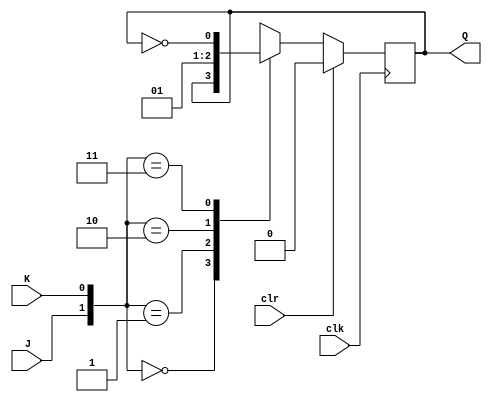
module JKFF_SyncClear (output reg Q, input J, input K, input clr, input clk);

    initial begin
        Q = 0;
    end

    always @ (posedge clk) begin
        if(clr)
            Q <= 0;
        else begin
            case({J,K})
                2'b00: Q <= Q;
                2'b01: Q <= 0;
                2'b10: Q <= 1;
                2'b11: Q <= ~Q;
            endcase
        end
    end
endmodule